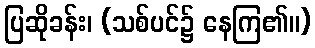
ပြဆိုခန်း၊ (သစ်ပင်၌ နေကြ၏။)